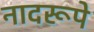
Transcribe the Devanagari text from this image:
नादरूपे